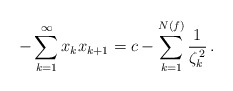
\begin{align*}-\sum_{k=1}^{\infty}x_{k}x_{k+1}=c-\sum_{k=1}^{N(f)}\frac{1}{\zeta_{k}^{\,2}}\,.\end{align*}